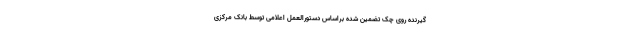
گیرنده روی چک تضمین شده براساس دستورالعمل اعلامی توسط بانک مرکزی